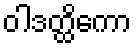
ဝါဒတ္ထိကော